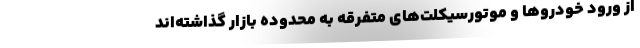
از ورود خودروها و موتورسیکلت‌های متفرقه به محدوده بازار گذاشته‌اند